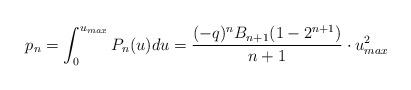
LaTeX: \begin{align*}p_{n}=\int_{0}^{u_{max}}P_{n}(u)du =\frac{(-q)^{n}B_{n+1}(1-2^{n+1})}{n+1}\cdot u_{max}^{2}\end{align*}